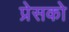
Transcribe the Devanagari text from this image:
प्रेसको